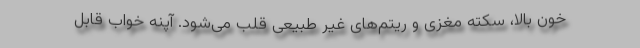
خون بالا، سکته مغزی و ریتم‌های غیر طبیعی قلب می‌شود. آپنه خواب قابل